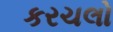
કરચલો